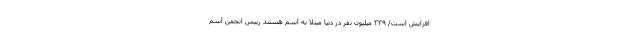
افزایش است/ ۳۳۹ میلیون نفر در دنیا مبتلا به آسم هستند رییس انجمن آسم